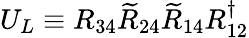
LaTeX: U_{L}\equiv R_{34}\widetilde{R}_{24}\widetilde{R}_{14}R_{12}^{\dagger}